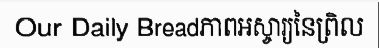
Our Daily Breadភាពអស្ចារ្យនៃព្រិល